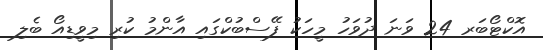
އޮކްޓޯބަރ 24 ވަނަ ދުވަހު މީހަކު ފޭސްބުކްގައި އާންމު ކުރި މިވީޑިއޯ ބެލި